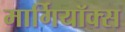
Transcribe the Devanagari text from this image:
मार्गियॉक्स